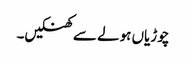
چوڑیاں ہولے سے کھنکیں۔